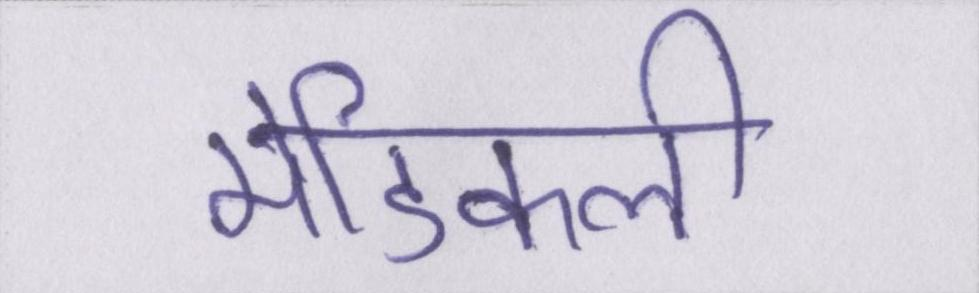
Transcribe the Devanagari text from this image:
मेडिकली